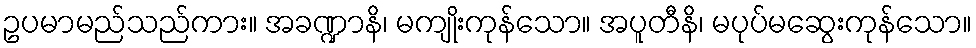
ဥပမာမည်သည်ကား။ အခဏ္ဍာနိ၊ မကျိုးကုန်သော။ အပူတီနိ၊ မပုပ်မဆွေးကုန်သော။